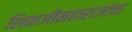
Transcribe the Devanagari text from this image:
शिवाजीमहाराजांचा